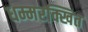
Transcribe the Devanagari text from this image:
धम्मरक्खित